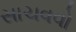
સાચવવો